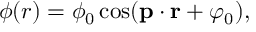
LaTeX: \phi ( r ) = \phi _ { 0 } \cos ( { \bf p } \cdot { \bf r } + \varphi _ { 0 } ) ,